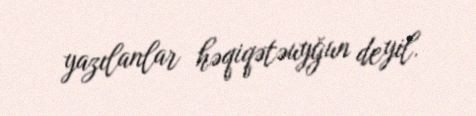
yazılanlar həqiqətəuyğun deyil.